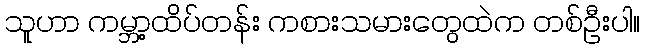
သူဟာ ကမ္ဘာ့ထိပ်တန်း ကစားသမားတွေထဲက တစ်ဦးပါ။